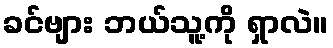
ခင်ဗျား ဘယ်သူ့ကို ရှာလဲ။